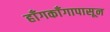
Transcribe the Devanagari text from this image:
हाँगकाँगापासून